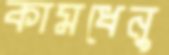
কামধেনু